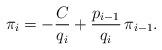
LaTeX: \begin{align*}\pi_i=-\frac{C}{q_i}+\frac{p_{i-1}}{q_i}\,\pi_{i-1}.\end{align*}